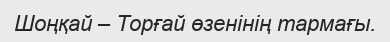
Шоңқай – Торғай өзенінің тармағы.